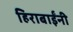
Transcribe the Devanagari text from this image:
हिराबाईंनी